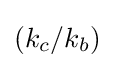
(k_{c}/k_{b})